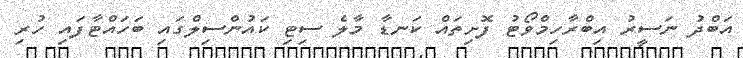
އަބްދު ނަސީރު އިބްރާހިމްވޯޓު ފޮށިތައް ކަނޑާ މާލެ ސިޓި ކައުންސިލްގައި ބަހައްޓާފައި ހުރި